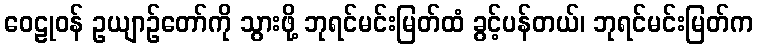
ဝေဠုဝန် ဥယျာဉ်တော်ကို သွားဖို့ ဘုရင်မင်းမြတ်ထံ ခွင့်ပန်တယ်၊ ဘုရင်မင်းမြတ်က